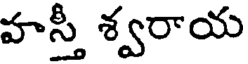
హస్తీ శ్వరాయ